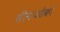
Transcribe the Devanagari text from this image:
सीमाओंको